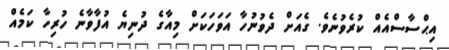
އިޙްސާސްއެއް ކުރެވުނެވެ. ގެއަށް ދެވުނުހާ އަވަހަކަށް މިއާގެ ދުނިޔެ އުފާވާނެ ހުރިހާ ކަމެއް